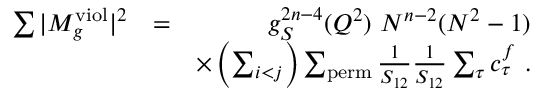
\begin{array} { r l r } { \sum \vert M _ { g } ^ { \mathrm { v i o l } } \vert ^ { 2 } } & { = } & { g _ { S } ^ { 2 n - 4 } ( Q ^ { 2 } ) ~ N ^ { n - 2 } ( N ^ { 2 } - 1 ) } \\ & { } & { \times \left( \sum _ { i < j } \right) \sum _ { \mathrm { p e r m } } \frac { 1 } { S _ { 1 2 } } \frac { 1 } { S _ { 1 2 } } \sum _ { \tau } c _ { \tau } ^ { f } ~ . } \end{array}